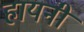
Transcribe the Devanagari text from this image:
हायनी